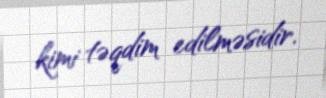
kimi təqdim edilməsidir.